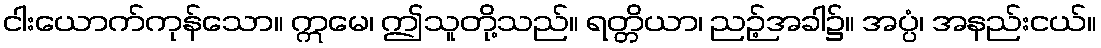
ငါးယောက်ကုန်သော။ ဣမေ၊ ဤသူတို့သည်။ ရတ္တိယာ၊ ညဉ့်အခါ၌။ အပ္ပံ၊ အနည်းငယ်။